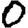
Digit: 0